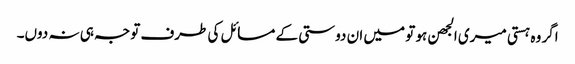
اگر وہ ہستی میری الجھن ہو تو میں ان دوستی کے مسائل کی طرف توجہ ہی نہ دوں۔